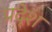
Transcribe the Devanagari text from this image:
प्रदे्श